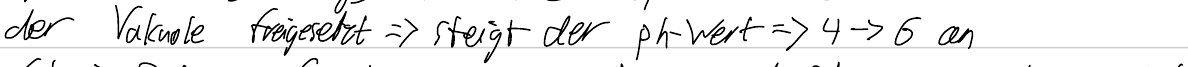
der Vakuole freigesetzt => steigt der ph-Wert => 4->6 an